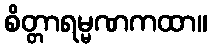
စိတ္တာရမ္မဏကထာ။